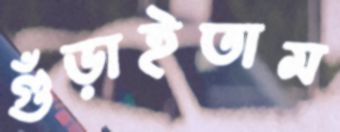
গুঁড়াইতাম